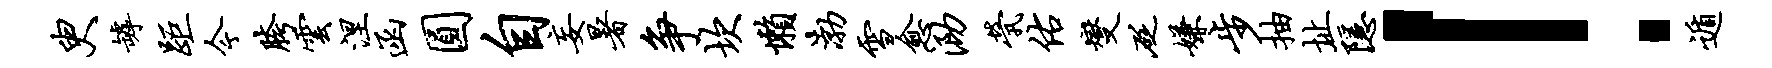
臾罅距今胯云涅函圆自妄暑争坎懒渤雪愈泐茕佑燮砭嫌步抽址隐！遁